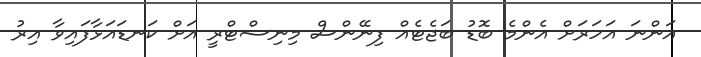
އަންނަ އަހަރަށް އެންމެ ބޮޑު ބަޖެޓެއް ފިނޭންސް މިނިސްޓްރީ އަށް ކަނޑައަޅާފައިވާ އިރު